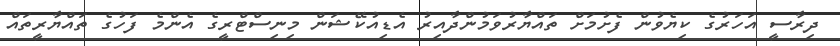
ދިރާސީ އަހަރުގެ ކިޔެވުން ފެށުމަށް ތައްޔާރުވަމުންދާއިރު އެޑިއުކޭޝަން މިނިސްޓްރީގެ އެންމެ ފަހުގެ ތައްޔާރީތައް